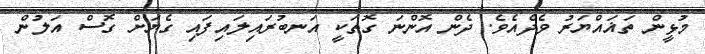
މުޅީން ތަޣައްޔަރު ވެދެއެވެ. ދެން އޮންނަ ގޮތަކީ އަނބުރައިލައިފައި ގެޔަށް ގޮސް އަލުން